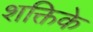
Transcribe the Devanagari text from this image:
शक्तिके